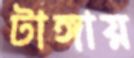
টাঙ্গায়